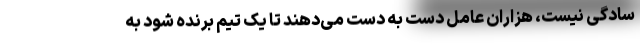
سادگی نیست، هزاران عامل دست به دست می‌دهند تا یک تیم برنده شود به